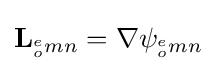
\mathbf {L} _{^{e}_{o}mn}=\mathbf {\nabla } \psi _{^{e}_{o}mn}